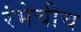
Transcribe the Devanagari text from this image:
रंभेचीच